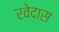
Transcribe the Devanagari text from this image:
रवेदास